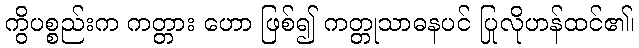
ကွိပစ္စည်းက ကတ္တား ဟော ဖြစ်၍ ကတ္တုသာဓနပင် ပြုလိုဟန်ထင်၏၊